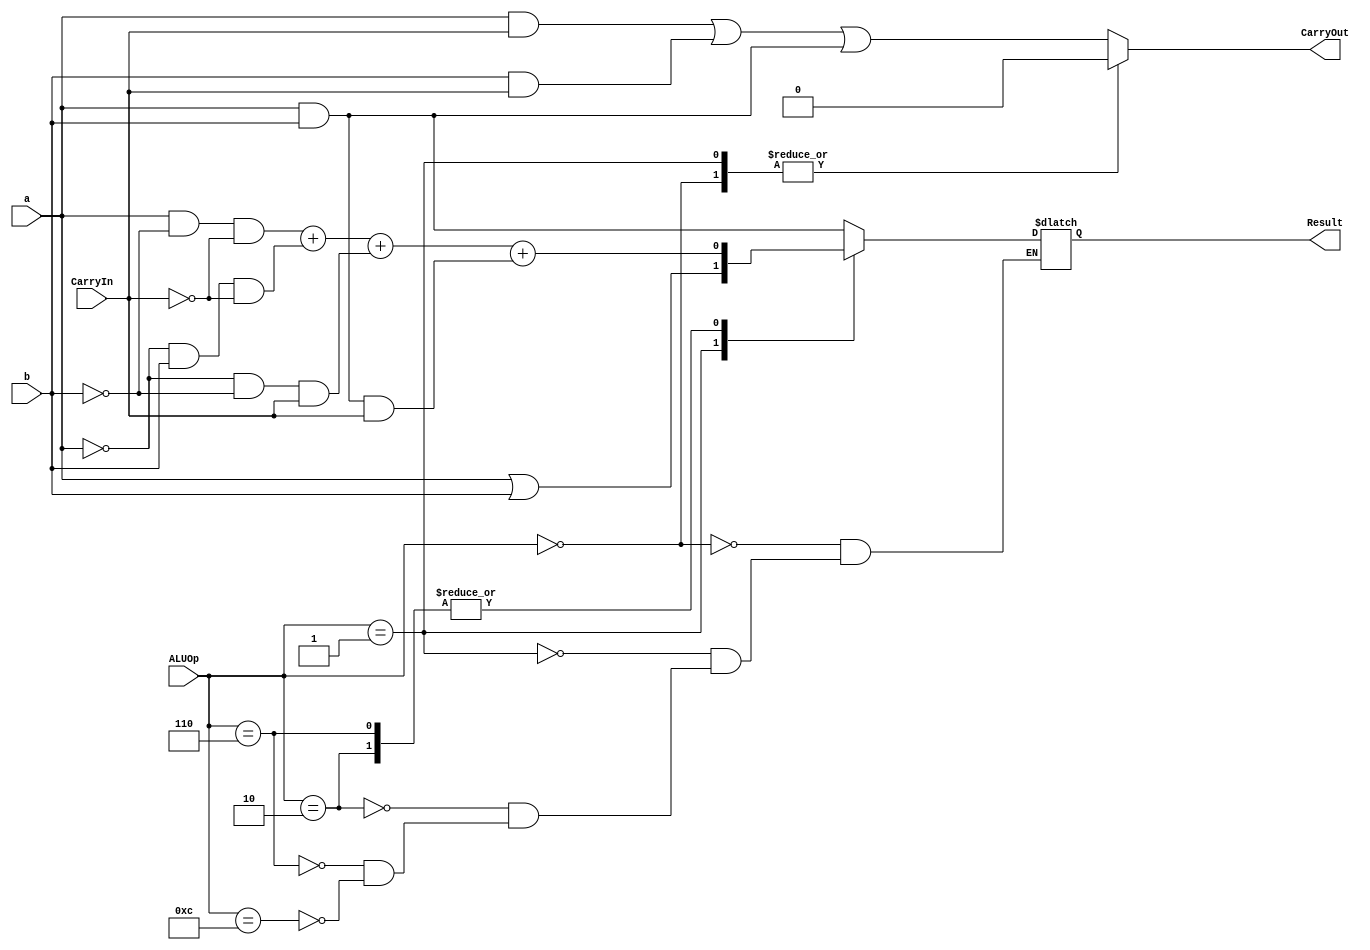
module ALU_1_bit
  (
  input a,
  input b,
  input CarryIn,
  input [3:0] ALUOp,
  output reg Result,
  output reg CarryOut
  );
  reg mux1out;
  reg mux2out;
  
  always @(a or b or ALUOp)
    begin
      CarryOut = (a & CarryIn) | (b & CarryIn) | (a & b);
       case (ALUOp[3:0])
          4'b0000 :
          begin
           Result = a & b;
           CarryOut = 1'b0;
          end
          4'b0001 : 
          begin
            Result = a | b;
            CarryOut = 1'b0;
          end
          4'b0010 :Result = (a & ~b & ~CarryIn) + ( ~a & b & ~CarryIn) + (~a & ~b & CarryIn) + (a & b & CarryIn);
          4'b0110 : Result = (a & ~b & ~CarryIn) + ( ~a & b & ~CarryIn) + (~a & ~b & CarryIn) + (a & b & CarryIn);
          4'b1100 : Result = a & b;
      endcase         
      
    end
endmodule